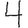
Digit: 4